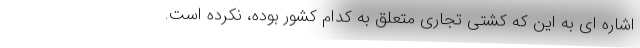
اشاره ای به این که کشتی تجاری متعلق به کدام کشور بوده، نکرده است.